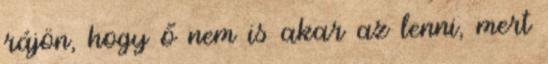
rájön, hogy ő nem is akar az lenni, mert